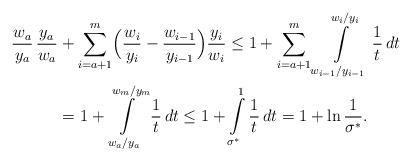
LaTeX: \begin{align*}\frac{w_a}{y_a}\,\frac{y_a}{w_a}& + \sum_{i=a+1}^m\Bigl(\frac{w_i}{y_i}-\frac{w_{i-1}}{y_{i-1}}\Bigr) \frac{y_i}{w_i}\le 1+ \sum_{i=a+1}^m \int\limits_{w_{i-1}/y_{i-1}}^{w_i/y_i} \frac1t\,dt\\&=1+ \int\limits_{w_a/y_a}^{w_m/y_m} \frac1t\,dt\le 1+\int\limits_{\sigma^*}^1 \frac1t\,dt = 1+\ln \frac1{\sigma^*}.\end{align*}